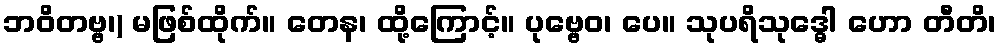
ဘဝိတဗ္ဗ၊) မဖြစ်ထိုက်။ တေန၊ ထို့ကြောင့်။ ပုဗ္ဗေဝ၊ ပေ။ သုပရိသုဒ္ဓေါ ဟော တီတိ၊